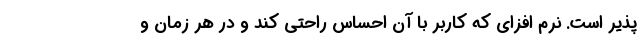
پذیر است. نرم افزای که کاربر با آن احساس راحتی کند و در هر زمان و